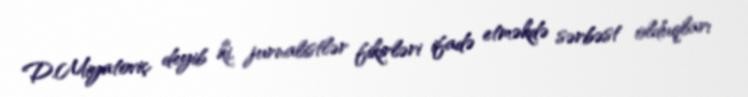
D.Miyatoviç deyib ki, jurnalistlər fikirləri ifadə etməkdə sərbəst olduqları